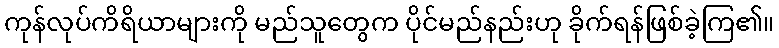
ကုန်လုပ်ကိရိယာများကို မည်သူတွေက ပိုင်မည်နည်းဟု ခိုက်ရန်ဖြစ်ခဲ့ကြ၏။